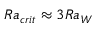
R a _ { c r i t } \approx 3 R a _ { W }